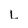
Character: L